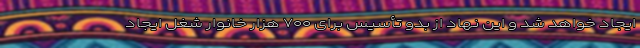
ایجاد خواهد شد و این نهاد از بدو تأسیس برای ۷۰۰ هزار خانوار شغل ایجاد